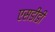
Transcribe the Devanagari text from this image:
एसडीडी